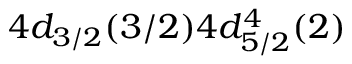
4 d _ { 3 / 2 } ( 3 / 2 ) 4 d _ { 5 / 2 } ^ { 4 } ( 2 )